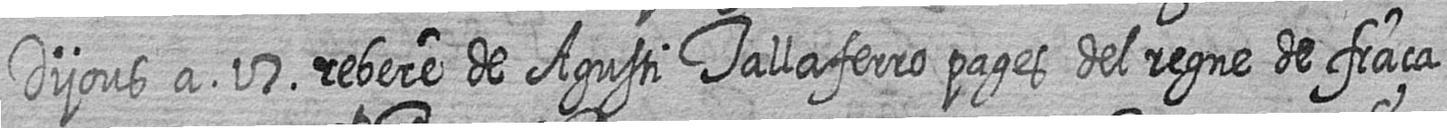
Dijous a 17 rebere de Agusti Tallaferro pages del regne de fraça